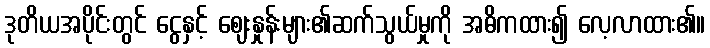
ဒုတိယအပိုင်းတွင် ငွေနှင့် ဈေးနှုန်းများ၏ဆက်သွယ်မှုကို အဓိကထား၍ လေ့လာထား၏။